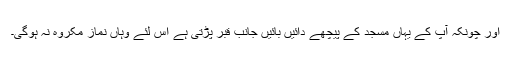
اور چونکہ آپ کے یہاں مسجد کے پیچھے دائیں بائیں جانب قبر پڑتی ہے اس لئے وہاں نماز مکروہ نہ ہوگی۔